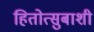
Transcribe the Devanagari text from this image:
हितोत्सुबाशी